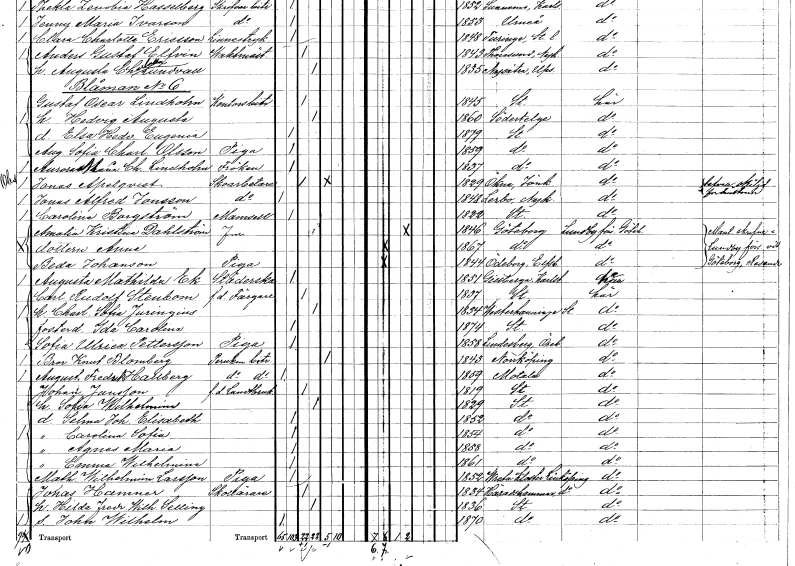
gt_parse: households: individuals: FN: Jonas Alfred
EN: Jonsson
YRKE: Skoarbetare
KON: M
CIV: O
FODAR: 1848
FODFORS: Lerbo Södermanlands län
FN: Carolina
EN: Borgström
KON: K
CIV: O
FODAR: 1822
FODFORS: Stockholm
FN: Amalia Kristina
EN: Dahlström
KON: K
CIV: G
FODAR: 1846
FODFORS: Göteborg Göteborgs- och Bohuslän
FN: Anna
KON: K
CIV: O
FODAR: 1867
FODFORS: Göteborg Göteborgs- och Bohuslän
FN: Beda
EN: Johanson
YRKE: Piga
KON: K
CIV: O
FODAR: 1844
FODFORS: Ödeborg Älvsborgs län
FN: Augusta Mathilda
EN: Ek
YRKE: Städerska
KON: K
CIV: O
FODAR: 1851
FODFORS: Gillberga Värmlands län
FN: Carl Rudolf
EN: Stenbom
YRKE: Färgare f.d.
KON: M
CIV: G
FODAR: 1837
FODFORS: Stockholm
FN: Charlotta Sofia
EN: Juringius
KON: K
CIV: G
FODAR: 1834
FODFORS: Västerhaninge Stockholms län
FN: Ida Carolina
KON: K
CIV: O
FODAR: 1874
FODFORS: Stockholm
FN: Sofia Ulrica
EN: Pettersson
YRKE: Piga
KON: K
CIV: O
FODAR: 1858
FODFORS: Lindesberg Örebro län
FN: Bror Knut
EN: Blomberg
YRKE: Perukmakarebiträde
KON: M
CIV: E
FODAR: 1843
FODFORS: Norrköping Östergötlands län
FN: August Fredrik
EN: Hallberg
YRKE: Perukmakarebiträde
KON: M
CIV: O
FODAR: 1859
FODFORS: Motala Östergötlands län
FN: Johan
EN: Jansson
YRKE: Lantbrukare f.d.
KON: M
CIV: G
FODAR: 1819
FODFORS: Stockholm
FN: Sofia Wilhelmina
KON: K
CIV: G
FODAR: 1829
FODFORS: Stockholm
FN: Selma Johanna Elisabeth
KON: K
CIV: O
FODAR: 1852
FODFORS: Stockholm
FN: Carolina Sofia
KON: K
CIV: O
FODAR: 1854
FODFORS: Stockholm
FN: Agnes Maria
KON: K
CIV: O
FODAR: 1858
FODFORS: Stockholm
FN: Emma Wilhelmina
KON: K
CIV: O
FODAR: 1861
FODFORS: Stockholm
FN: Mathilda Wilhelmina
EN: Larsson
YRKE: Piga
KON: K
CIV: O
FODAR: 1852
FODFORS: Vreta kloster Östergötlands län
FN: Jonas
EN: Hamner
YRKE: Skollärare
KON: M
CIV: G
FODAR: 1834
FODFORS: Häradshammar Östergötlands län
FN: Hilda Fredrika Wilhelmina
EN: Selling
KON: K
CIV: G
FODAR: 1836
FODFORS: Stockholm
FN: John Wilhelm
KON: M
CIV: O
FODAR: 1870
FODFORS: Stockholm